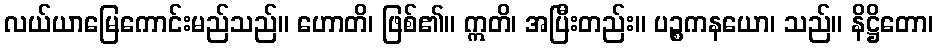
လယ်ယာမြေကောင်းမည်သည်။ ဟောတိ၊ ဖြစ်၏။ ဣတိ၊ အပြီးတည်း။ ပဉ္စကနယော၊ သည်။ နိဋ္ဌိတော၊